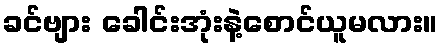
ခင်ဗျား ခေါင်းအုံးနဲ့စောင်ယူမလား။